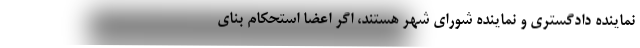
نماینده دادگستری و نماینده شورای شهر هستند، اگر اعضا استحکام بنای